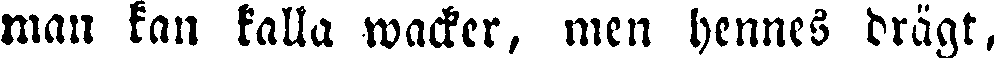
man kan kalla wacker, men hennes drägt,